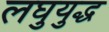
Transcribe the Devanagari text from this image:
लघुयुद्ध